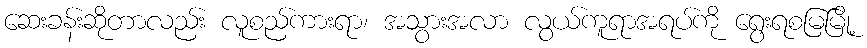
ဆေးခန်းဆိုတာလည်း လူစည်ကားရာ၊ အသွားအလာ လွယ်ကူရာအရပ်ကို ရွေးရစမြမြို့